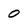
Character: 0